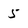
Character: 5